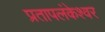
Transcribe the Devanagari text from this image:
प्रतापलंकेश्वर